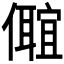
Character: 𠐅